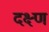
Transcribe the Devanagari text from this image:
दक्ष्ण